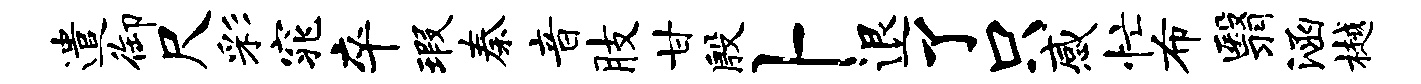
遣御尺彩窕卒瑕秦音肢甘殷卜退了只感忙布翳涵樾